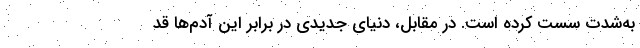
به‌شدت سست کرده است. در مقابل، دنیای جدیدی در برابر این آدم‌ها قد